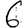
Digit: 6